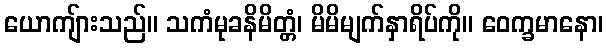
ယောကျ်ားသည်။ သကံမုခနိမိတ္တံ၊ မိမိမျက်နှာရိပ်ကို။ ဝေက္ခမာနော၊